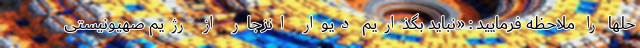
حلها را ملاحظه فرمایید : «نباید بگذاریم دیوار انزجار از رژیم صهیونیستی